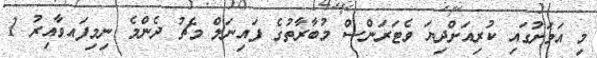
މި އަވަށުގައި ކުރިއަށްދިޔަ ވެޓަރަންސް މުބާރާތުގެ ފައިނަލް މެޗު ދެންމެ ނިމިފައވާއިރު 1